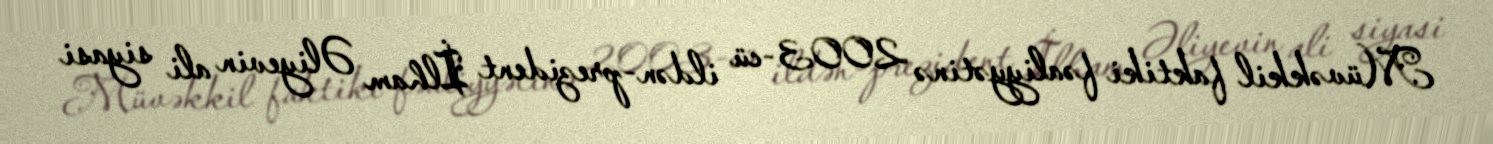
Müvəkkil faktiki fəaliyyətinə 2003-cü ildən-prezident İlham Əliyevin ali siyasi